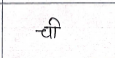
मजकूर: ची